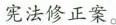
宪法修正案。